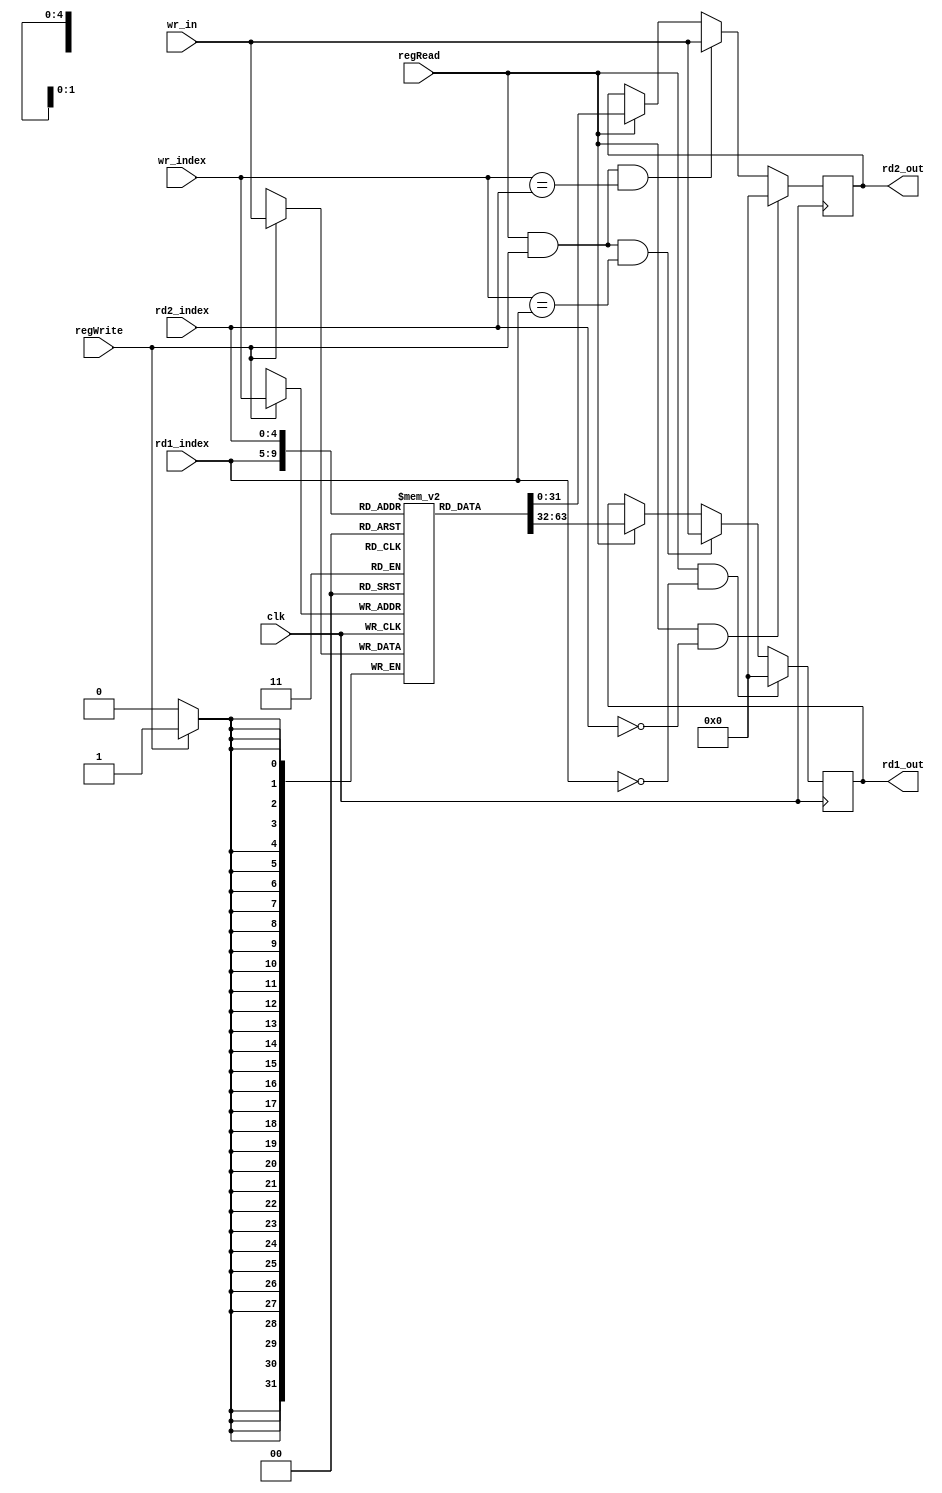
`timescale 1ns / 1ps

//
// 3rd year -Computer and Systems Engineering-
// Fayoum University
// Microprocessors (301)
// Pipelined Mips 32-bit project
// ____Group1____ 
// Supervised by: Dr.Mohammed Ibrahim
//

//let memory read and write to the same location at the same clock return the recently written value


module RegFile(
    input [4:0] rd1_index,
    input [4:0] rd2_index,
    output reg[31:0] rd1_out,
    output reg[31:0] rd2_out,
    input [4:0] wr_index,
    input [31:0] wr_in,
    input regWrite,
	 input regRead,
	 input clk
    );

	reg[31:0] data[31:0];
	
	
	integer i;
	initial begin
		for(i=0;i<32;i=i+1)
			data[i]=0;
	end
	
	always @(posedge clk)
	begin
		
		if(regRead==1)
		begin
			rd1_out<=data[rd1_index];
			rd2_out<=data[rd2_index];
		end
		
		if(regWrite==1)
			data[wr_index]<=wr_in;
			
		
		if(regRead==1 && regWrite==1 && wr_index==rd1_index)
			rd1_out<=wr_in;
			
		if(regRead==1 && regWrite==1 && wr_index==rd2_index)
			rd2_out<=wr_in;
			
		if(regRead==1 && rd1_index==0)
			rd1_out<=0;
			
		if(regRead==1 && rd2_index==0)
			rd2_out<=0;
	
	end

endmodule